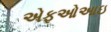
એફઓઆઇ